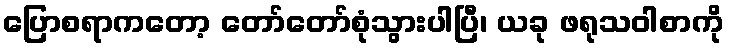
ပြောစရာကတော့ တော်တော်စုံသွားပါပြီ၊ ယခု ဖရုသဝါစာကို